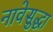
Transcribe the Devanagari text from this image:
नावेसुद्धा